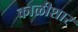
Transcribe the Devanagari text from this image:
काळीशार